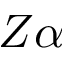
Z \alpha